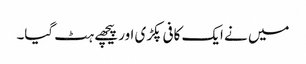
میں نے ایک کافی پکڑی اور پیچھے ہٹ گیا۔